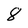
Character: 8